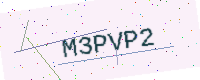
Text: M3PVP2